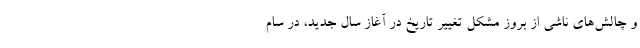
و چالش‌های ناشی از بروز مشکل تغییر تاریخ در آغاز سال جدید، در سام